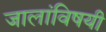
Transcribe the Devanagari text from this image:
जालांविषयी